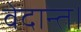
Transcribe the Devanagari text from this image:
वेदान्त।